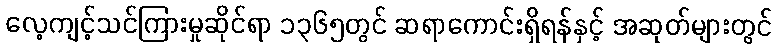
လေ့ကျင့်သင်ကြားမှုဆိုင်ရာ ၁၃၆၅တွင် ဆရာကောင်းရှိရန်နှင့် အဆုတ်များတွင်